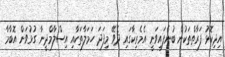
އިދިކޮޅު ފަރާތްތަކުން ބުނެފައިވަނީ އެމެރިކާގައި ދެވޭ މިފަދަ ހަމަލާތަކާއި އިސްލާމްދީނާ ގުޅުވަން އޮބާމާ